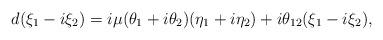
LaTeX: \begin{align*}d(\xi_{1}-i\xi_{2})=i\mu(\theta_1+i\theta_2)(\eta_1+i\eta_2)+i\theta_{12}(\xi_1-i\xi_2),\end{align*}